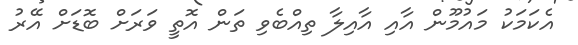
އެކަމަކު މައުމޫން އާއި އާއިލާ ތިއްބެވި ތަން އޮތީ ވަރަށް ބޮޑަށް އޭރު